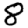
Digit: 8